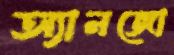
অ্যানজো